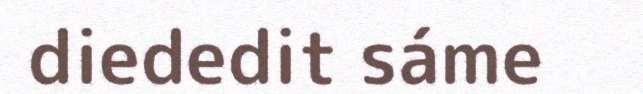
diededit sáme